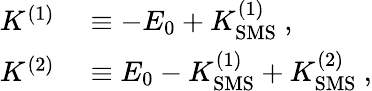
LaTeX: \begin{array}{rl}{K^{(1)}}&{{}\equiv-E_{0}+K_{\mathrm{SMS}}^{(1)}\ ,}\\ {K^{(2)}}&{{}\equiv E_{0}-K_{\mathrm{SMS}}^{(1)}+K_{\mathrm{SMS}}^{(2)}\ ,}\end{array}